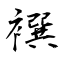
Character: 襈